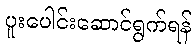
ပူးပေါင်းဆောင်ရွက်ရန်